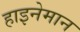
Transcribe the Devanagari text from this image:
हाइनेमान